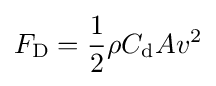
F_{\text{D}}={\frac {1}{2}}\rho C_{\text{d}}Av^{2}